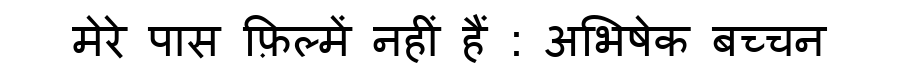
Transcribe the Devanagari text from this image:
मेरे पास फ़िल्में नहीं हैं : अभिषेक बच्चन